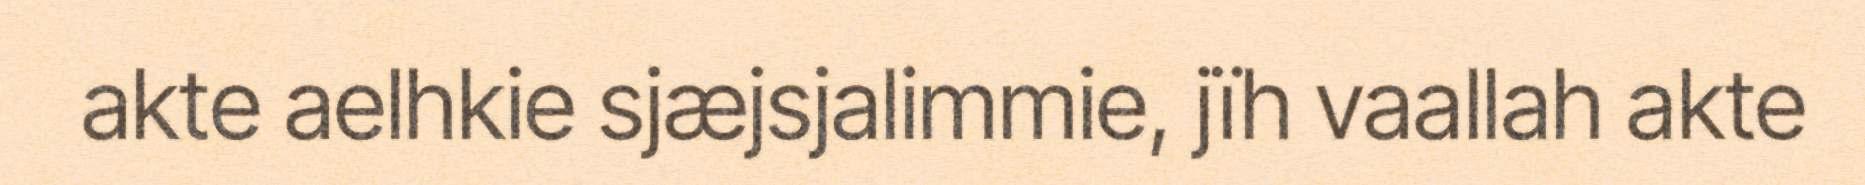
akte aelhkie sjæjsjalimmie, jïh vaallah akte